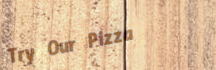
Try Our Pizza